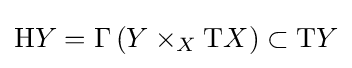
\mathrm {H} Y=\Gamma \left(Y\times _{X}\mathrm {T} X\right)\subset \mathrm {T} Y